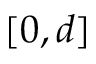
[ 0 , d ]